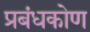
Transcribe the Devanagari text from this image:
प्रबंधकोण